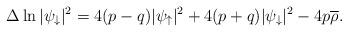
LaTeX: \begin{align*}\Delta\ln|\psi_{\downarrow}|^2=4(p-q)|\psi_{\uparrow}|^2+4(p+q)|\psi_{\downarrow}|^2-4p\overline{\rho}.\end{align*}